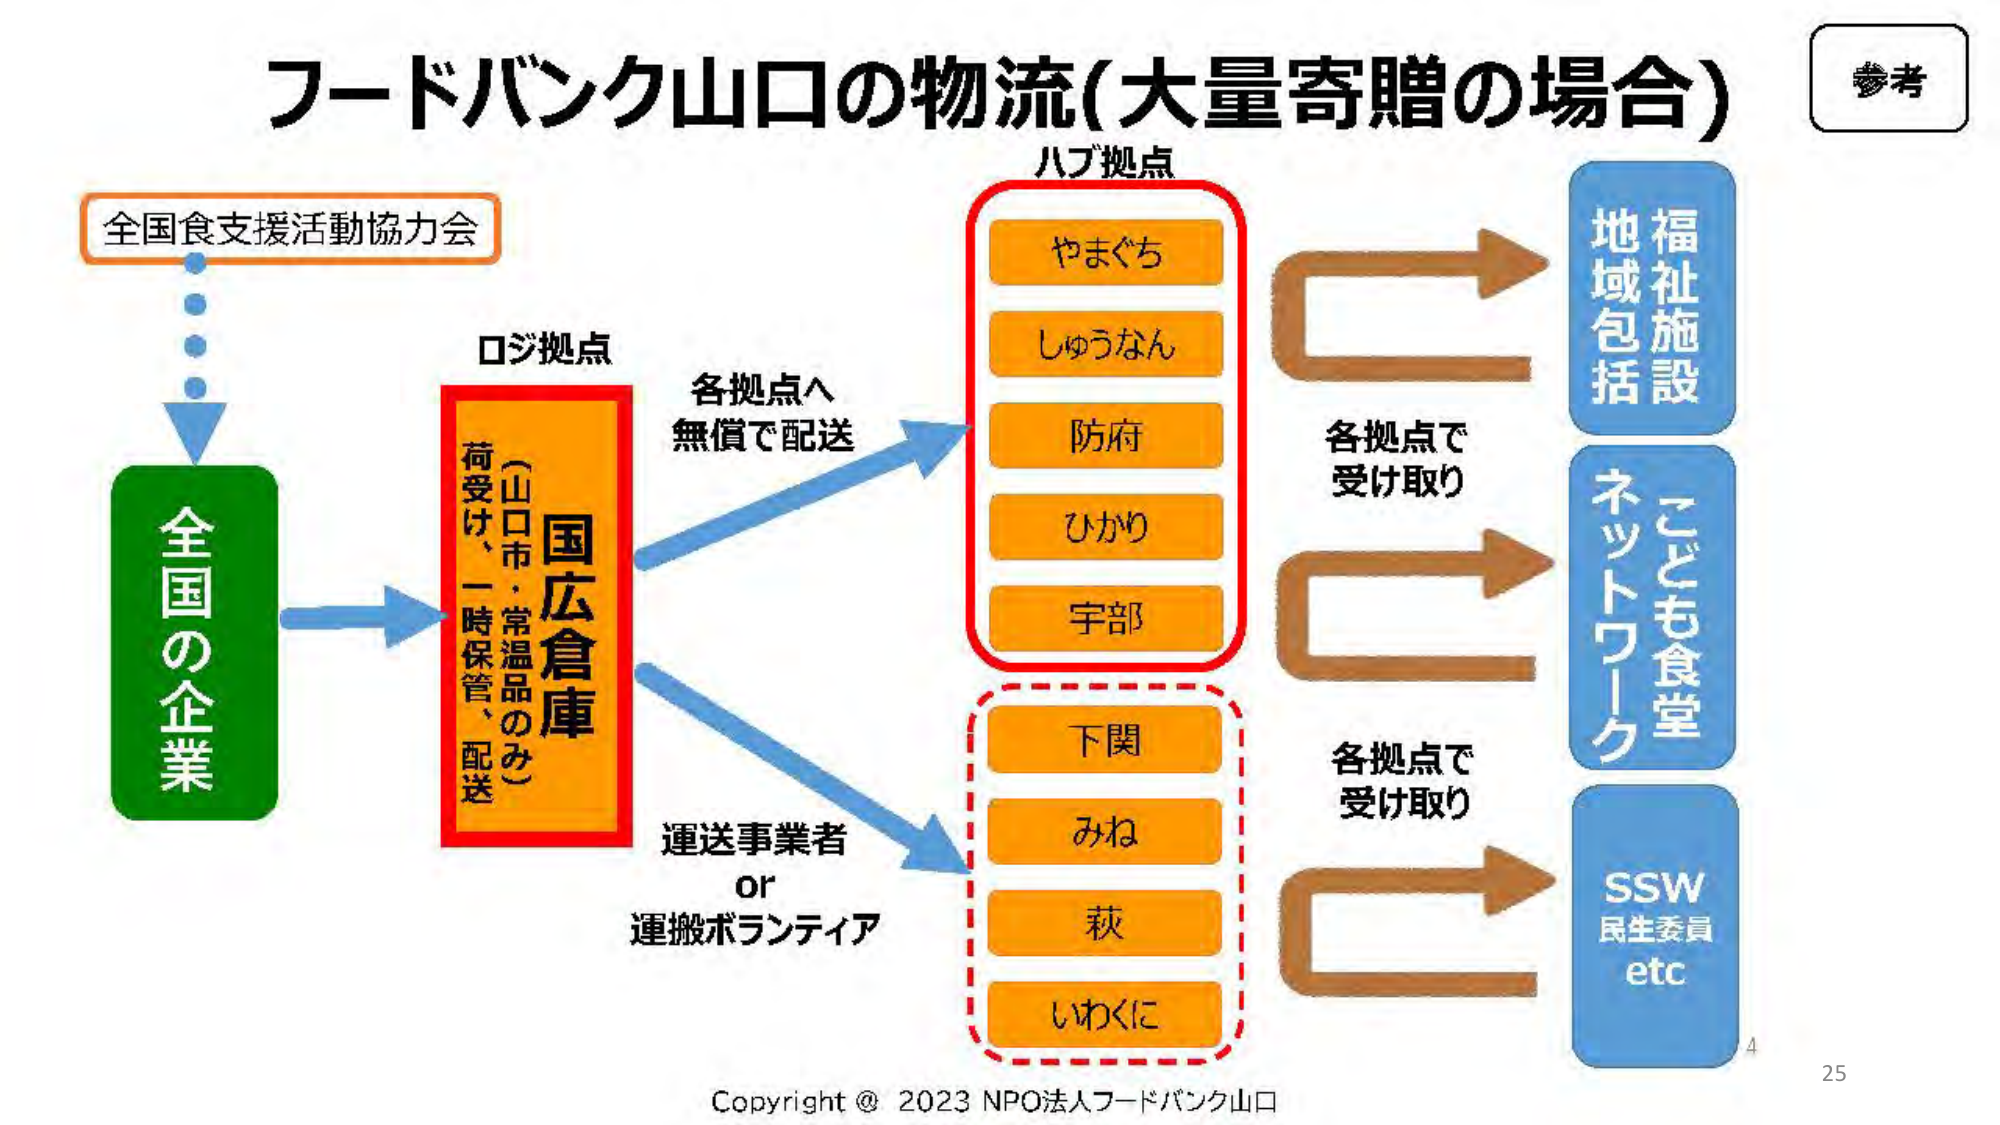
フードバンク山口の物流(大量寄贈の場合)

参考

全国食支援活動協力会

ロジ拠点

全国の企業

国広倉庫
(山口市・常温品のみ)
荷受け、一時保管、配送

各拠点へ
無償で配送

ハブ拠点
やまぐち
しゅうなん
防府
ひかり
宇部

各拠点で
受け取り

地域包括
福祉施設

各拠点で
受け取り

こども食堂
ネットワーク

運送事業者
or
運搬ボランティア

下関
みね
萩
いわくに

SSW
民生委員
etc

Copyright @ 2023 NPO法人フードバンク山口

4
25